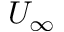
U _ { \infty }